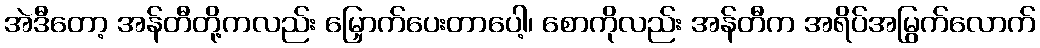
အဲဒီတော့ အန်တီတို့ကလည်း မြှောက်ပေးတာပေါ့၊ စောကိုလည်း အန်တီက အရိပ်အမြွက်လောက်